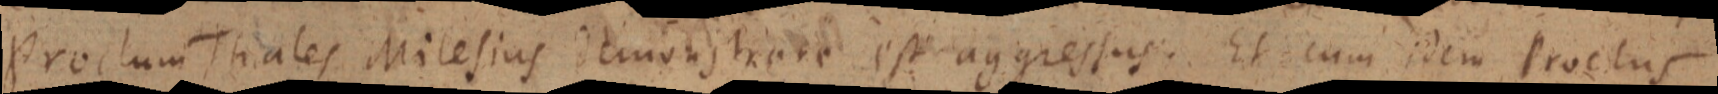
Proclum Thales Milesius dlmonitrare est aggressus. Et cum idem Proctus